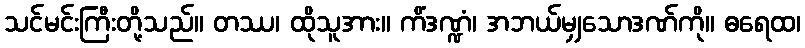
သင်မင်းကြီးတို့သည်။ တဿ၊ ထိုသူအား။ ကိံဒဏ္ဍံ၊ အဘယ်မျှသောဒဏ်ကို။ ဓရေထ၊